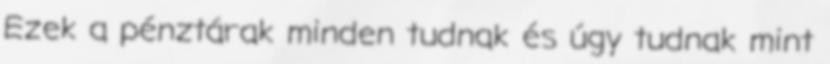
Ezek a pénztárak minden tudnak és úgy tudnak mint